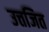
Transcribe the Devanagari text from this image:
उत्तजित